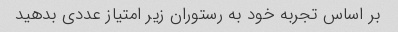
بر اساس تجربه خود به رستوران زیر امتیاز عددی بدهید